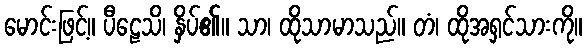
မောင်းဖြင့်။ ပီဠေသိ၊ နှိပ်၏။ သာ၊ ထိုသာမာသည်။ တံ၊ ထိုအရှင်သားကို။